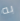
به